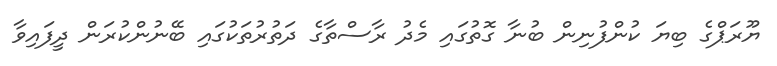
ޔޫރަޕްގެ ބިޔަ ކުންފުނިން ބުނާ ގޮތުގައި މެދު ރާސްތާގެ ދަތުރުތަކުގައި ބޭނުންކުރަން ދީފައިވާ